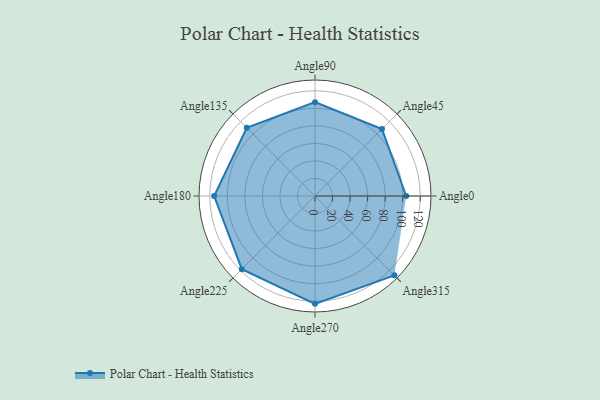
{"axis": {"x": "Angle", "y": "Radius"}, "legend": [""], "data": [{"x": "Angle0", "y": 104.0, "type": ""}, {"x": "Angle45", "y": 108.0, "type": ""}, {"x": "Angle90", "y": 107.0, "type": ""}, {"x": "Angle135", "y": 110.0, "type": ""}, {"x": "Angle180", "y": 115.0, "type": ""}, {"x": "Angle225", "y": 118.0, "type": ""}, {"x": "Angle270", "y": 123.0, "type": ""}, {"x": "Angle315", "y": 128.0, "type": ""}]}